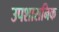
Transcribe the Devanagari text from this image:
उपशासनिक